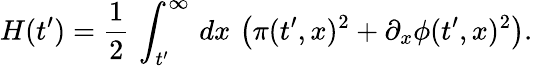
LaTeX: H(t^{\prime})={\frac{1}{2}}\, \int_{t^{\prime}}^{\infty}\, dx\, \left(\pi(t^{\prime},x)^{2}+\partial_{x}\phi(t^{\prime},x)^{2}\right).